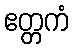
ဧတ္တကံ